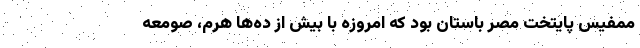
ممفیس پایتخت مصر باستان بود که امروزه با بیش از ده‌ها هرم، صومعه